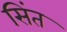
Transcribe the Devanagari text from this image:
सिंत